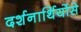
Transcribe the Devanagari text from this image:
दर्शनार्थियोंसे